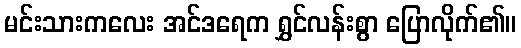
မင်းသားကလေး အင်ဒရေက ရွှင်လန်းစွာ ပြောလိုက်၏။